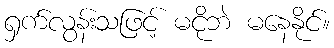
ရှက်လွန်းသဖြင့် မငိုဘဲ မနေနိုင်။